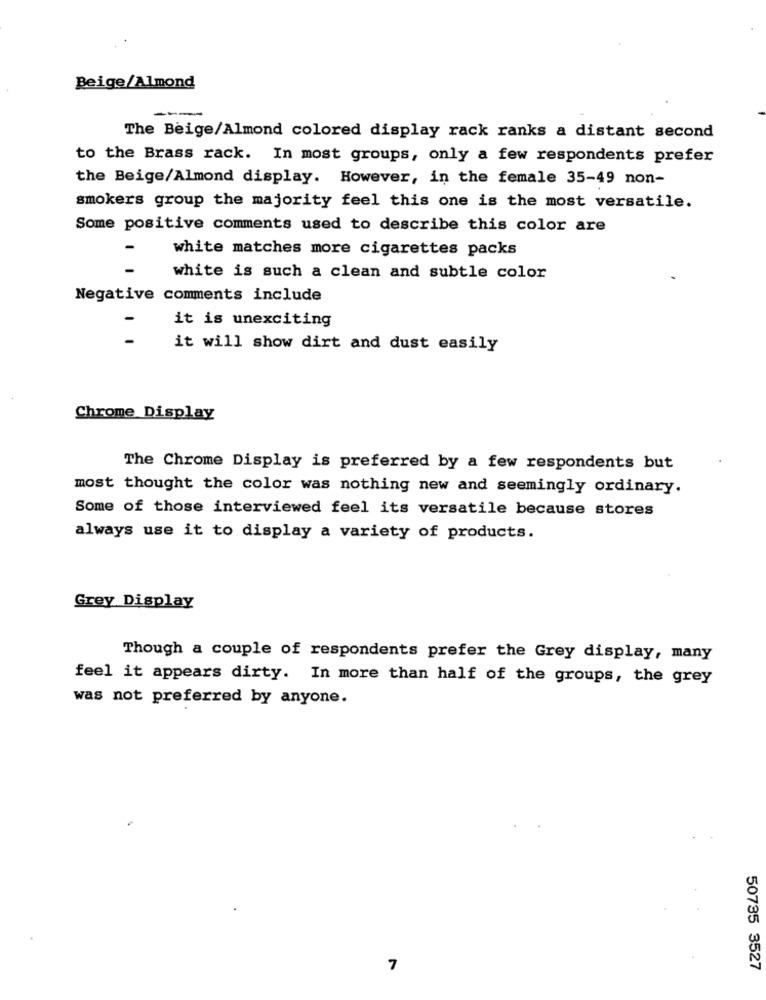
Beige/Almond
The Beige/Almond colored display rack ranks a distant second
to the Brass rack. In most groups, only a few respondents prefer
the Beige/Almond display. However, in the female 35-49 non-
smokers group the majority feel this one is the most versatile.
Some positive comments used to describe this color are
white matches more cigarettes packs
white is such a clean and subtle color
Negative comments include
it is unexciting
it will show dirt and dust easily
Chrome Display
The Chrome Display is preferred by a few respondents but
most thought the color was nothing new and seemingly ordinary.
Some of those interviewed feel its versatile because stores
always use it to display a variety of products.
Grey Display
Though a couple of respondents prefer the Grey display, many
feel it appears dirty. In more than half of the groups, the grey
was not preferred by anyone.
7
50735 3527